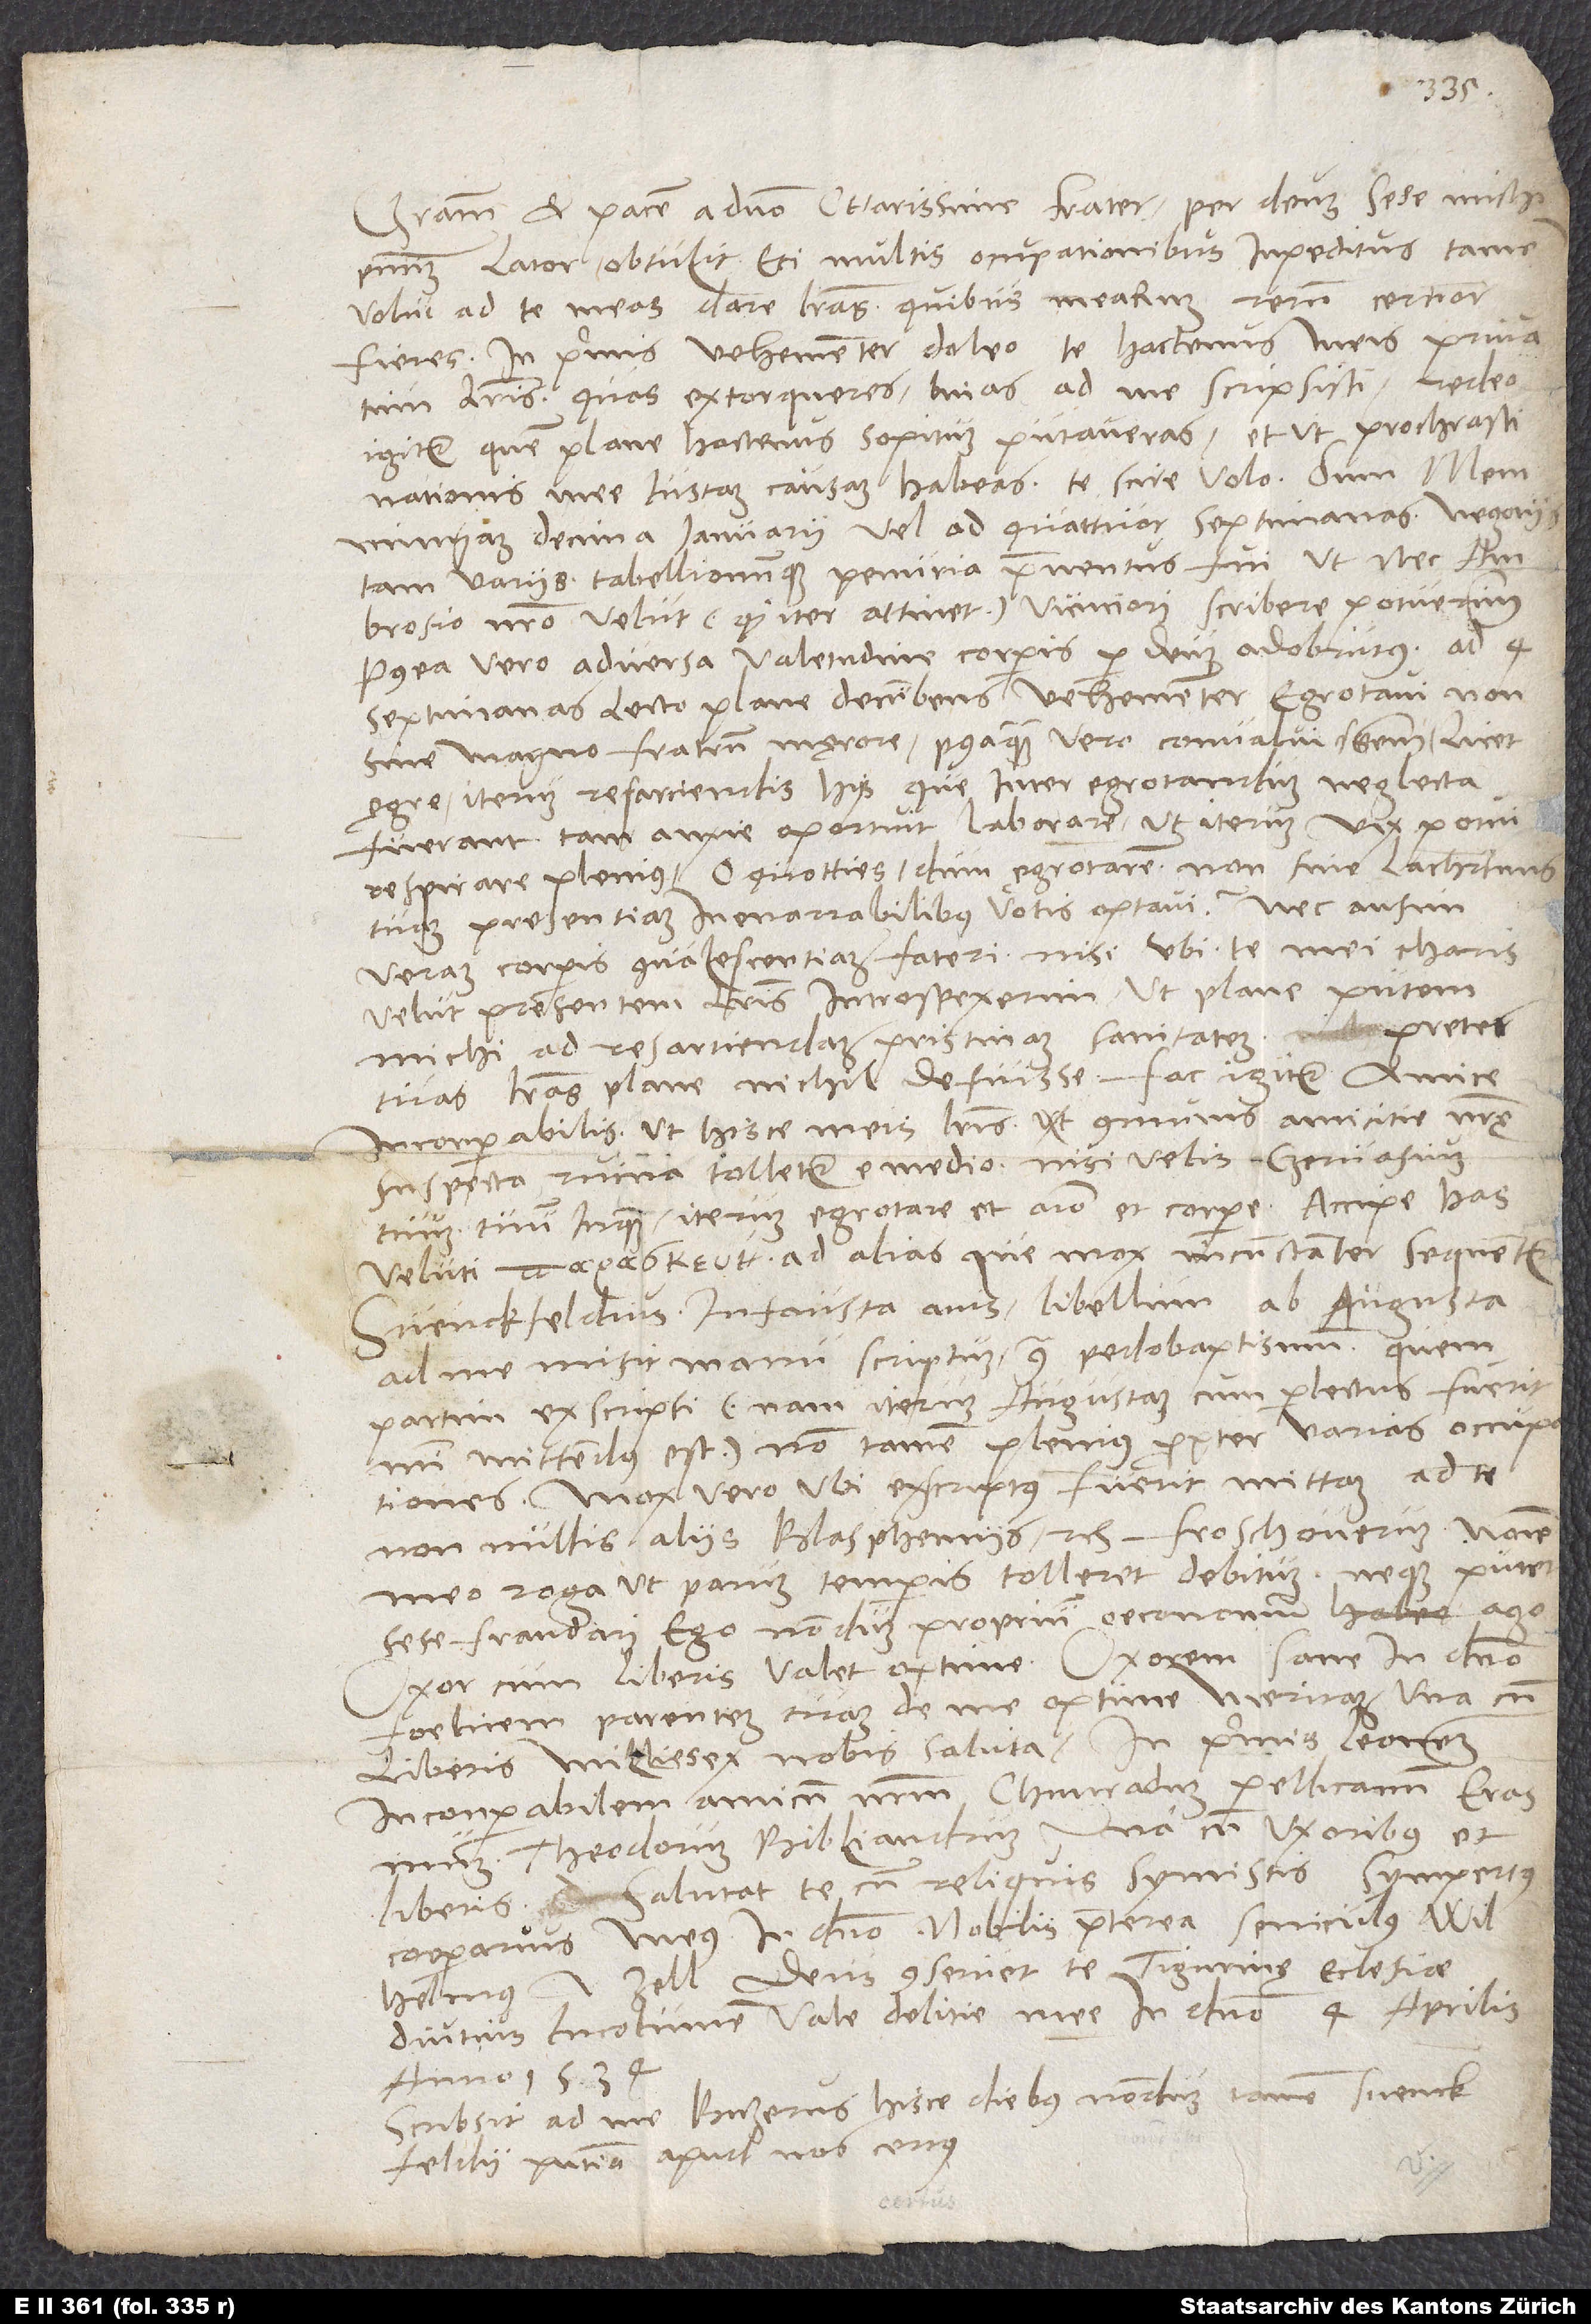
Gratiam et pacem a domino, charissime frater. Per deum sese michi
praesentium lator obtulit. Etsi multis ocupationibus impeditus, tamen
volui ad te meas dare litteras, quibus mearum rerum certior
fieres. In primis vehementer doleo te hactenus meis privatum
litteris, quas extorqueres, binas ad me scripsisti. Redeo
igitur, quem plane hactenus sopitum putaveras, et ut prochrastinationis
mee iustam causam habeas, te scire volo: Dum Memmingam
decima ianuarii, vel ad quattuor septimanas negotiis
tam variis, tabellionumque penuria praeventus fui, ut nec
Ambrosio nostro velut, quod iter attinet, viciniori scribere potuerim.
Postea vero adversa valetudine corporis per deum adobrutus ad 4
septimanas lecto plane decumbens vehementer ergrotavi non
sine magno fratrum męrore. Posteaquam vero convaluissem, licet
ęgre, iterum resarciendis hiis, que inter egrotandum neglecta
fuerant, tam anxie oportuit laborare, ut iterum vix potui
respirare plenius. O quotties, dum ęgrotarem, non sine lachrimis
tuam presentiam inenarrabilibus votis optavi. Nec ausim
veram corporis convalescentiam fateri, nisi ubi te mei charis
velut presentem litteris introspexerim, ut plane putem,
michi ad resarciendam pristinam sanitatem preter
tuas litteras plane nichil defuisse. Fac igitur, amice
inconparabilis, ut hisce meis litteris communis amicitie nostrę
suspecta ruina tolletur e medio, nisi velis Gervasium
tuum, tuum inquam, iterum egrotare et animo et corpore. Accipe has
veluti ad alias, que mox incunctanter sequentur.
Svenckfeldius, infausta avis, libellum ab Augusta
ad me misit manu scriptum contra pedobaptismum, quem
partim exscripsi - nam iterum Augustam, cum perlectus fuerit,
mihi mittendum est -, non tamen plenius propter varias occupationes.
Mox vero, ubi exscriptus fuerit, mittam ad te
nonnullis aliis blasphemiis etc. Froschouerum nomine
meo roga, ut parum temporis tolleret debitum neque putet
sese fraudari. Ego nondum proprium oeconomum ago.
Uxor cum liberis valet optime. Uxorem sane in Christo
foelicem, parentem tuam de me optime meritam una cum
liberis millies ex nobis saluta, in primis Leonem
inconparabilem amicum nostrum, Chunradum Pellicanum, Erasmum,
Theodorum Bibliandrum una cum uxoribus et
liberis. Salutat te cum reliquis symistis Sympertus
cooperarius meus in domino, nobilis praeterea seniculus Wilhelmus
a Zell. Deus conservet te Tigurinae ecclesiae
diutius incolumem. Vale, delitie mee, in domino. 4. aprilis
anno 1534.
Scribsit ad me Buzerus hisce diebus, nondum tamen Svenckfeldii